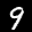
Label: 9